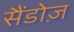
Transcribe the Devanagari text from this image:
सैंडोज़